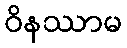
ဝိနဿာမ